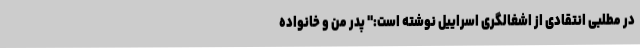
در مطلبی انتقادی از اشغالگری اسراییل نوشته است:" پدر من و خانواده